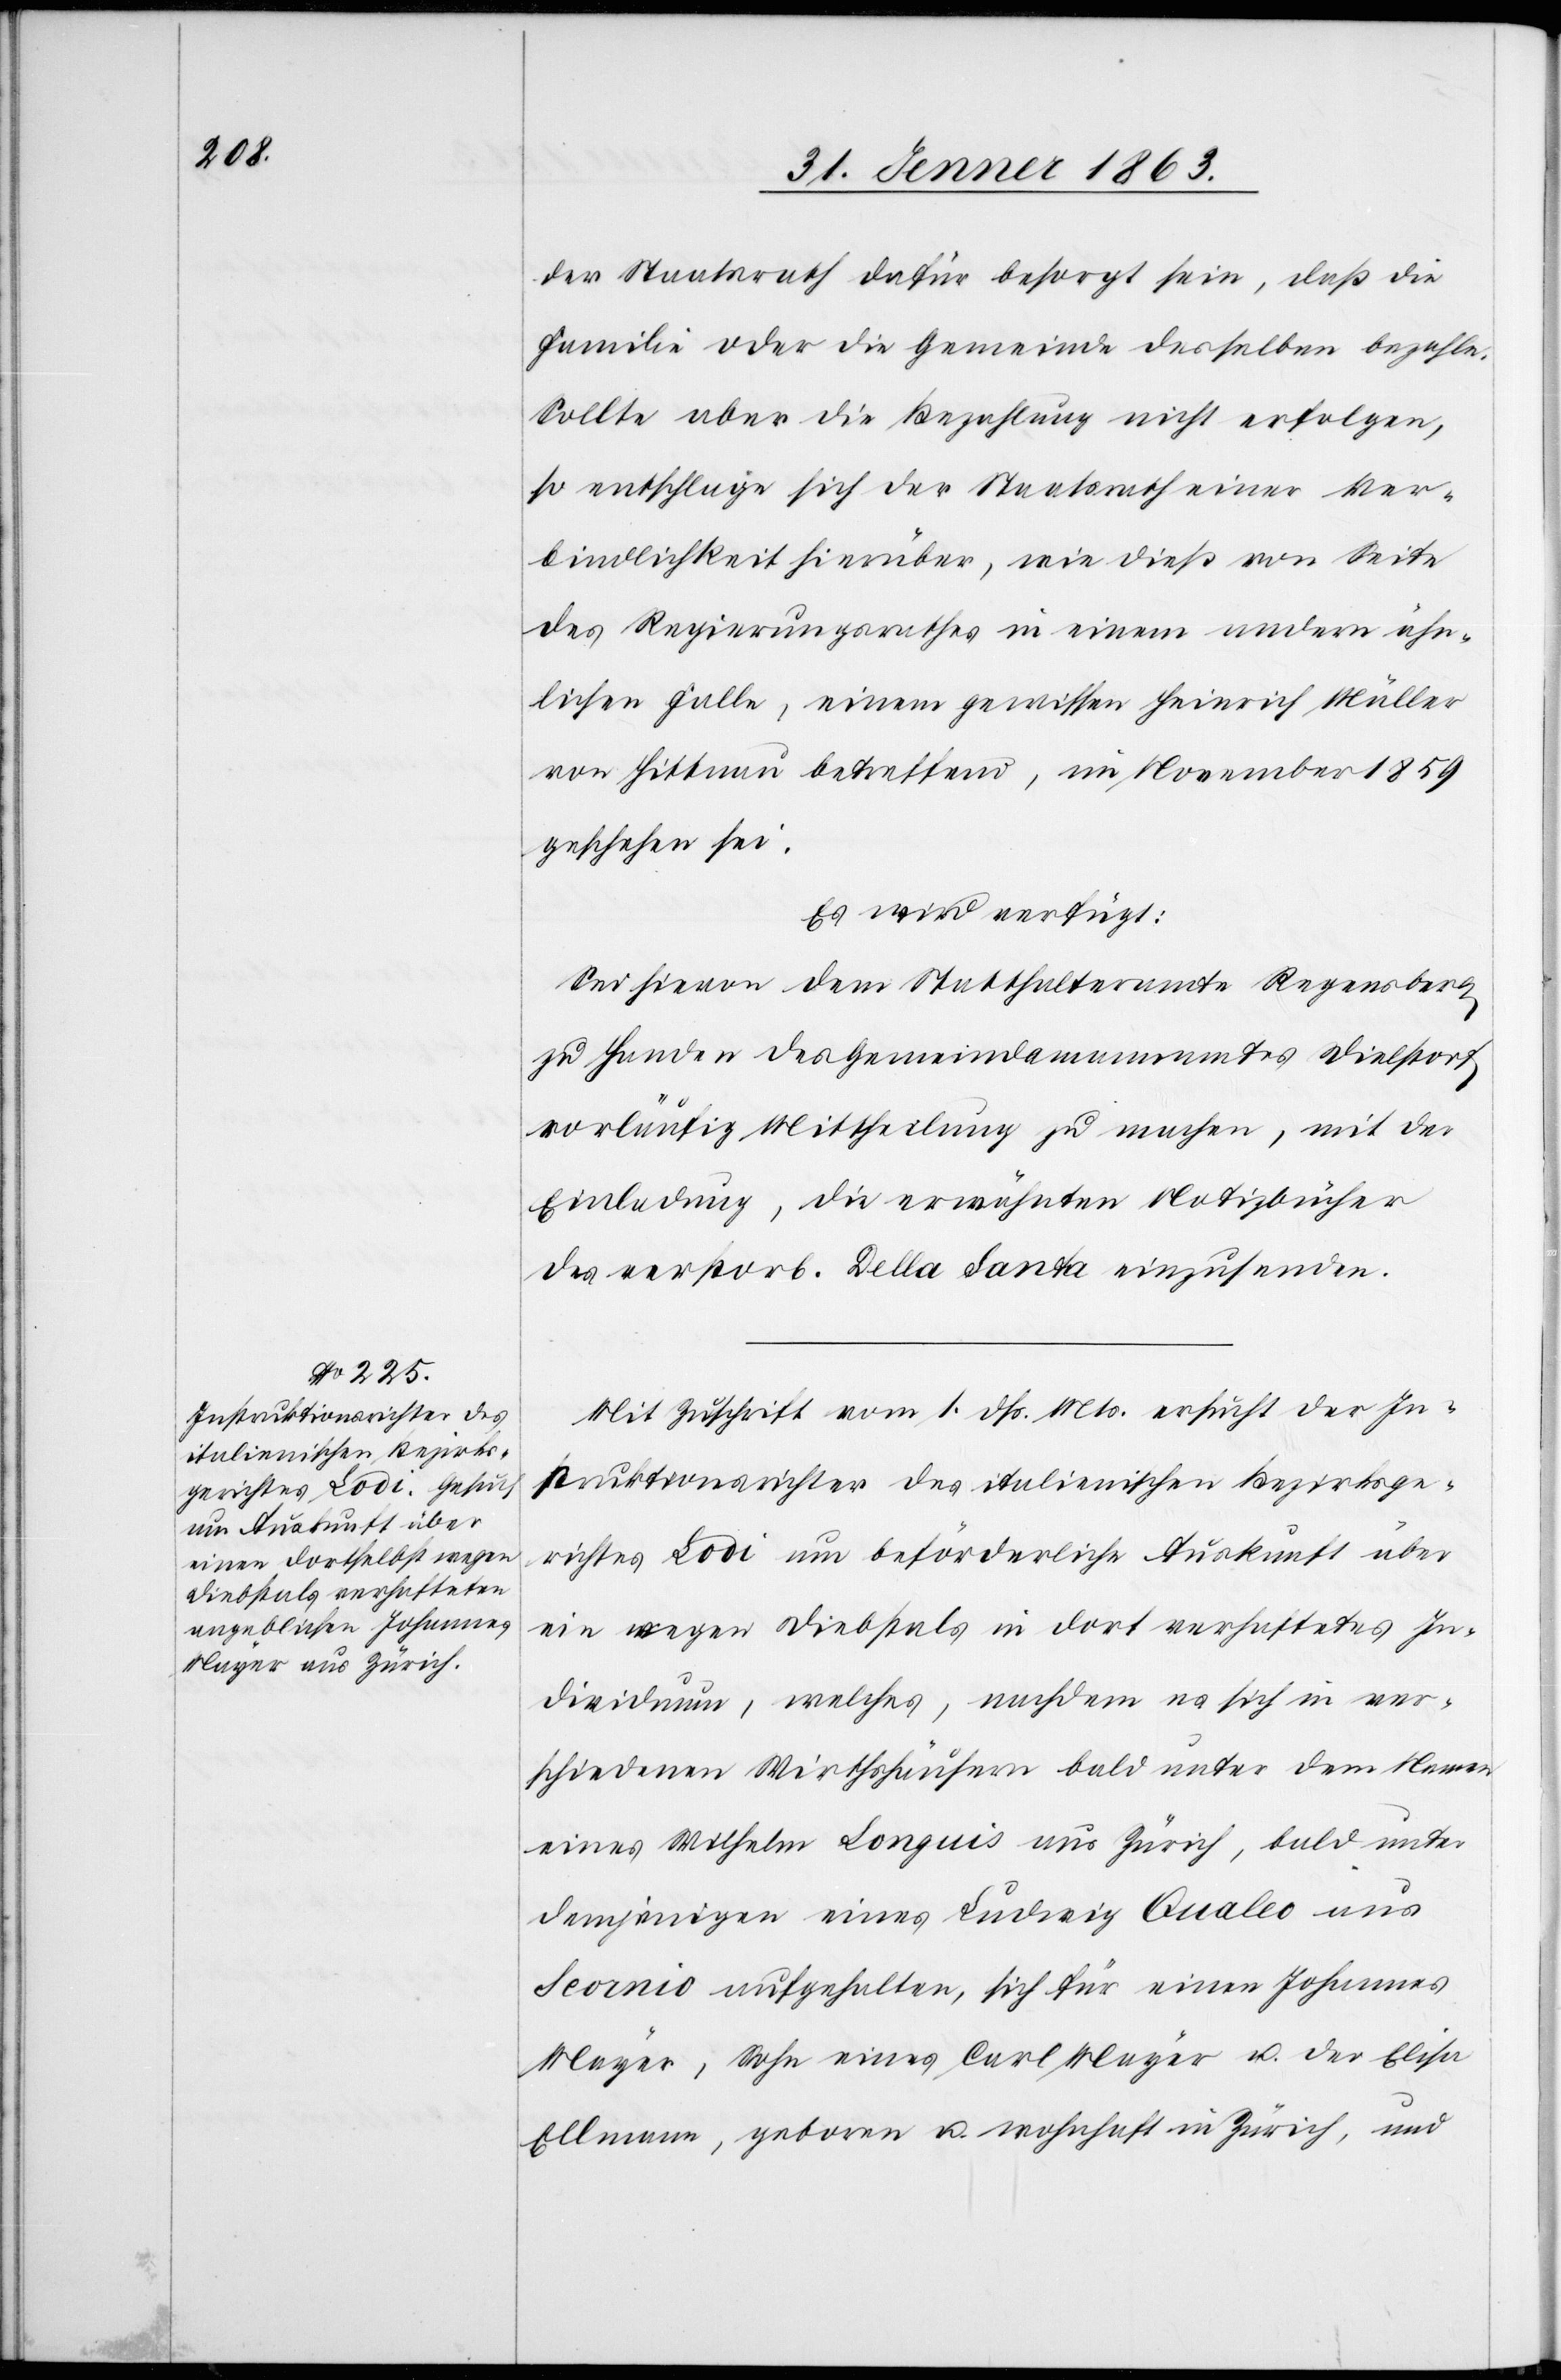
der Staatsrath dafür besorgt sein, daß die
Familie oder die Gemeinde desselben bezahle.
Sollte aber die Bezahlung nicht erfolgen,
so entschlage sich der Staatsrath einer Ver¬
bindlichkeit hierüber, wie dieß von Seite
des Regierungsrathes in einem andern ähn¬
lichen Falle, einem gewissen Heinrich Müller
von Hittnau betreffend, im November 1859
geschehen sei.
Es wird verfügt:
Sei hievon dem Statthalteramte Regensberg
zu Handen des Gemeindamannamtes Dielstorf
vorläufig Mittheilung zu machen, mit der
Einladung, die erwähnten Notizbücher
des verstorb. Della Santa einzusenden.
Mit Zuschrift vom 1. dß. Mts. ersucht der In¬
struktionsrichter des italienischen Bezirksge¬
richtes Lodi um beförderliche Auskunft über
ein wegen Diebstals in dort verhaftetes In¬
dividuum, welches, nachdem es sich in ver¬
schiedenen Wirthshäusern bald unter dem Namen
eines Wilhelm Longuis aus Zürich, bald unter
demjenigen eines Ludwig Qualeo aus
Seornio aufgehalten, sich für einen Johannes
Mayer, Sohn eines Carl Mayer u. der Elisa
Ellmann, geboren u. wohnhaft in Zürich, und